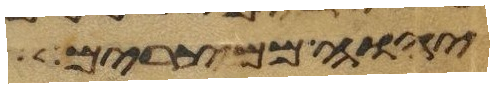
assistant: יהוה ממצרים